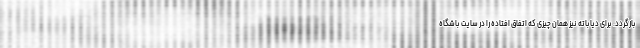
بازگردد. برای دیاباته نیز همان چیزی که اتفاق افتاده را در سایت باشگاه